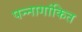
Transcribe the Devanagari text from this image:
पन्नागांकित